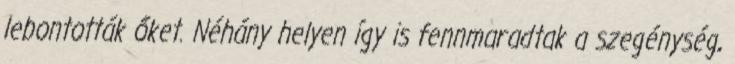
lebontották őket. Néhány helyen így is fennmaradtak a szegénység,